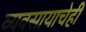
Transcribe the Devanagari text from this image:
व्यवसायाचेही